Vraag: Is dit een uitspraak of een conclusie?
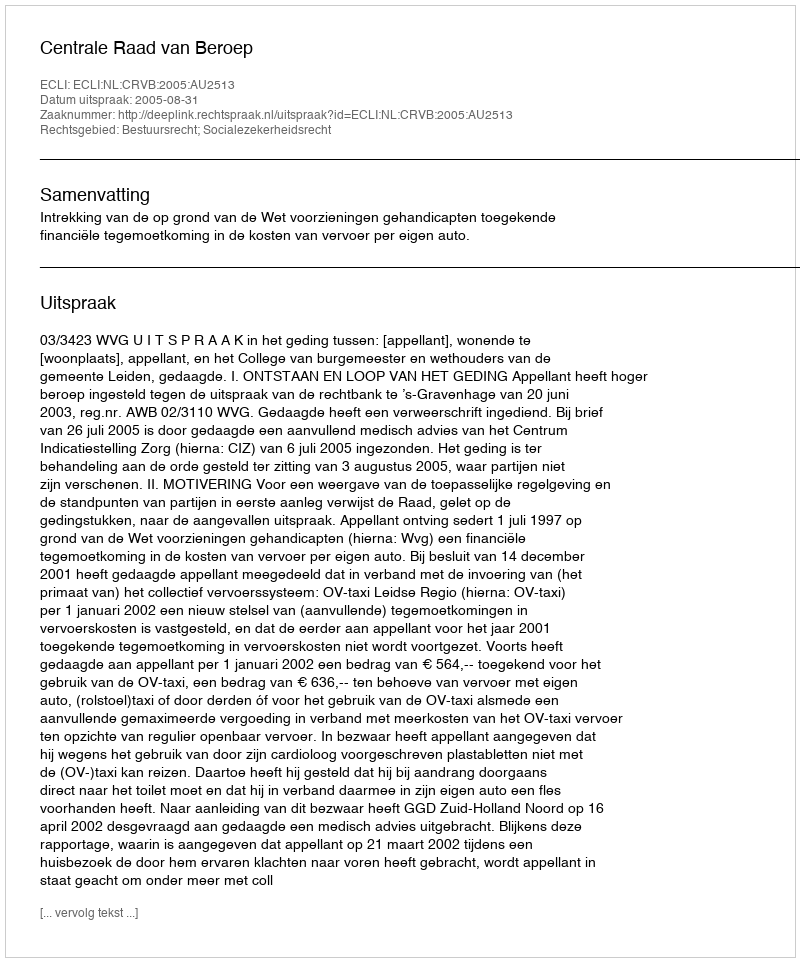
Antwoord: Uitspraak